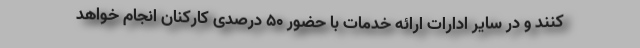
کنند و در سایر ادارات ارائه خدمات با حضور ۵۰ درصدی کارکنان انجام خواهد